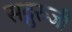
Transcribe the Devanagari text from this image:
सद्गुरुजी